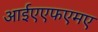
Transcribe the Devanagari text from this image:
आईएएफएमए